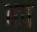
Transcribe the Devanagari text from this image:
का